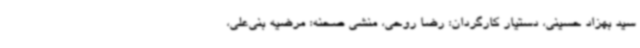
سید بهزاد حسینی، دستیار کارگردان: رضا روحی، منشی صحنه: مرضیه بنی‌علی،